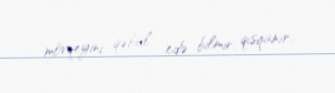
mövqeyini qəbul edə bilmir, qısqanır.